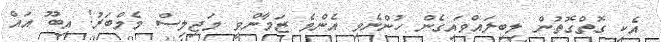
އެކި ގޮތްގޮތުން ލިބިލައްވައިގެން ހުންނެވި އެންމެ ޒަމާންވީ މަޖިލިސް މެމްބަރު! އިބޫ އައް